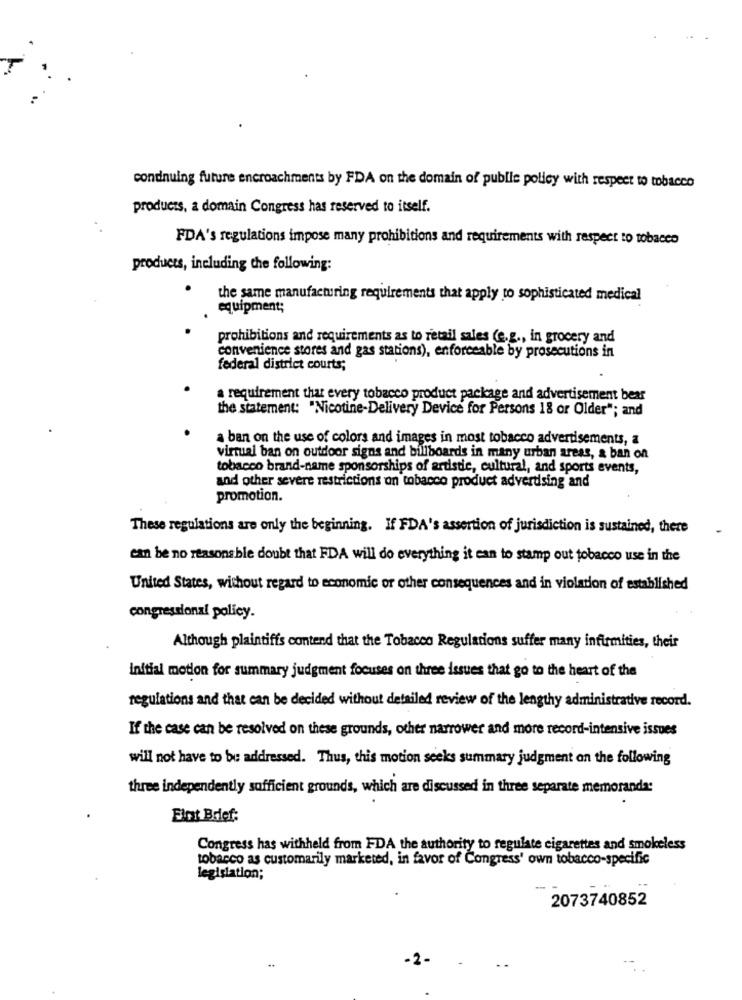
condnuing future encroachments by FDA on the domain of public policy with respect to tobacco
products, a domain Congress has reserved to itself.
FDA's regulations impose many prohibitions and requirements with respect to tobacco
products, including the following:
the same manufacturing requirements that apply to sophisticated medical
equipment;
prohibitions and requirements as to retail sales (e.g ., in grocery and
convenience stores and gas stations), enforceable by prosecutions in
federal district courts;
a requirement that every tobacco product package and advertisement bear
the statement: "Nicotine-Delivery Device for Persons 18 or Older"; and
a ban on the use of colors and images in most tobacco advertisements, a
virtual ban on outdoor signs and billboards in many urban areas, & ban on
tobacco brand-name sponsorships of artistic, cultural, and sports events,
and other severe restrictions on tobacco product advertising and
promotion.
These regulations are only the beginning. If FDA's assertion of jurisdiction is sustained, there
can be no reasons ble doubt that FDA will do everything it can to stamp out tobacco use in the
United States, without regard to economic or other consequences and in violation of established
congressional policy.
Although plaintiffs contend that the Tobacco Regulations suffer many infirmities, their
initial motion for summary judgment focuses on three issues that go to the heart of the
regulations and that can be decided without detailed review of the lengthy administrative record.
If the case can be resolved on these grounds, other narrower and more record-intensive issues
will not have to be addressed. Thus, this motion seeks summary judgment on the following
three independently sufficient grounds, which are discussed in three separate memoranda:
Eint Brief:
Congress has withheld from FDA the authority to regulate cigarettes and smokeless
tobacco as customarily marketed, in favor of Congress' own tobacco-specific
legislation;
2073740852